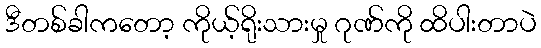
ဒီတစ်ခါကတော့ ကိုယ့်ရိုးသားမှု ဂုဏ်ကို ထိပါးတာပဲ